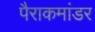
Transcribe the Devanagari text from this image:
पैराकमांडर